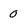
Character: 0